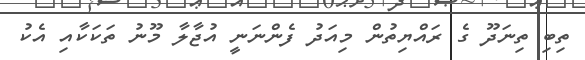
ތިބި ތިނަދޫ ގެ ރައްޔިތުން މިއަދު ފެންނަނީ އުޖާލާ މޫނު ތަކަކާއި އެކު